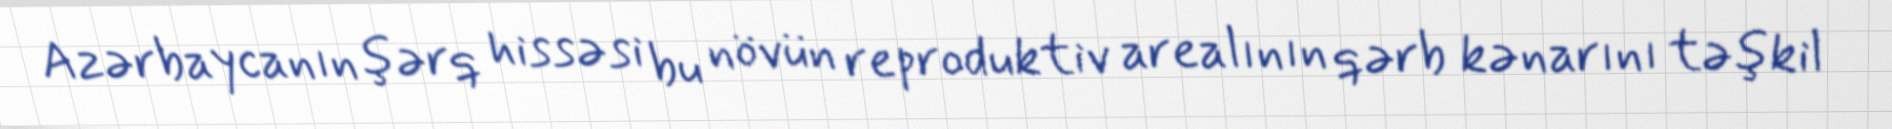
Azərbaycanın şərq hissəsi bu növün reproduktiv arealının qərb kənarını təşkil